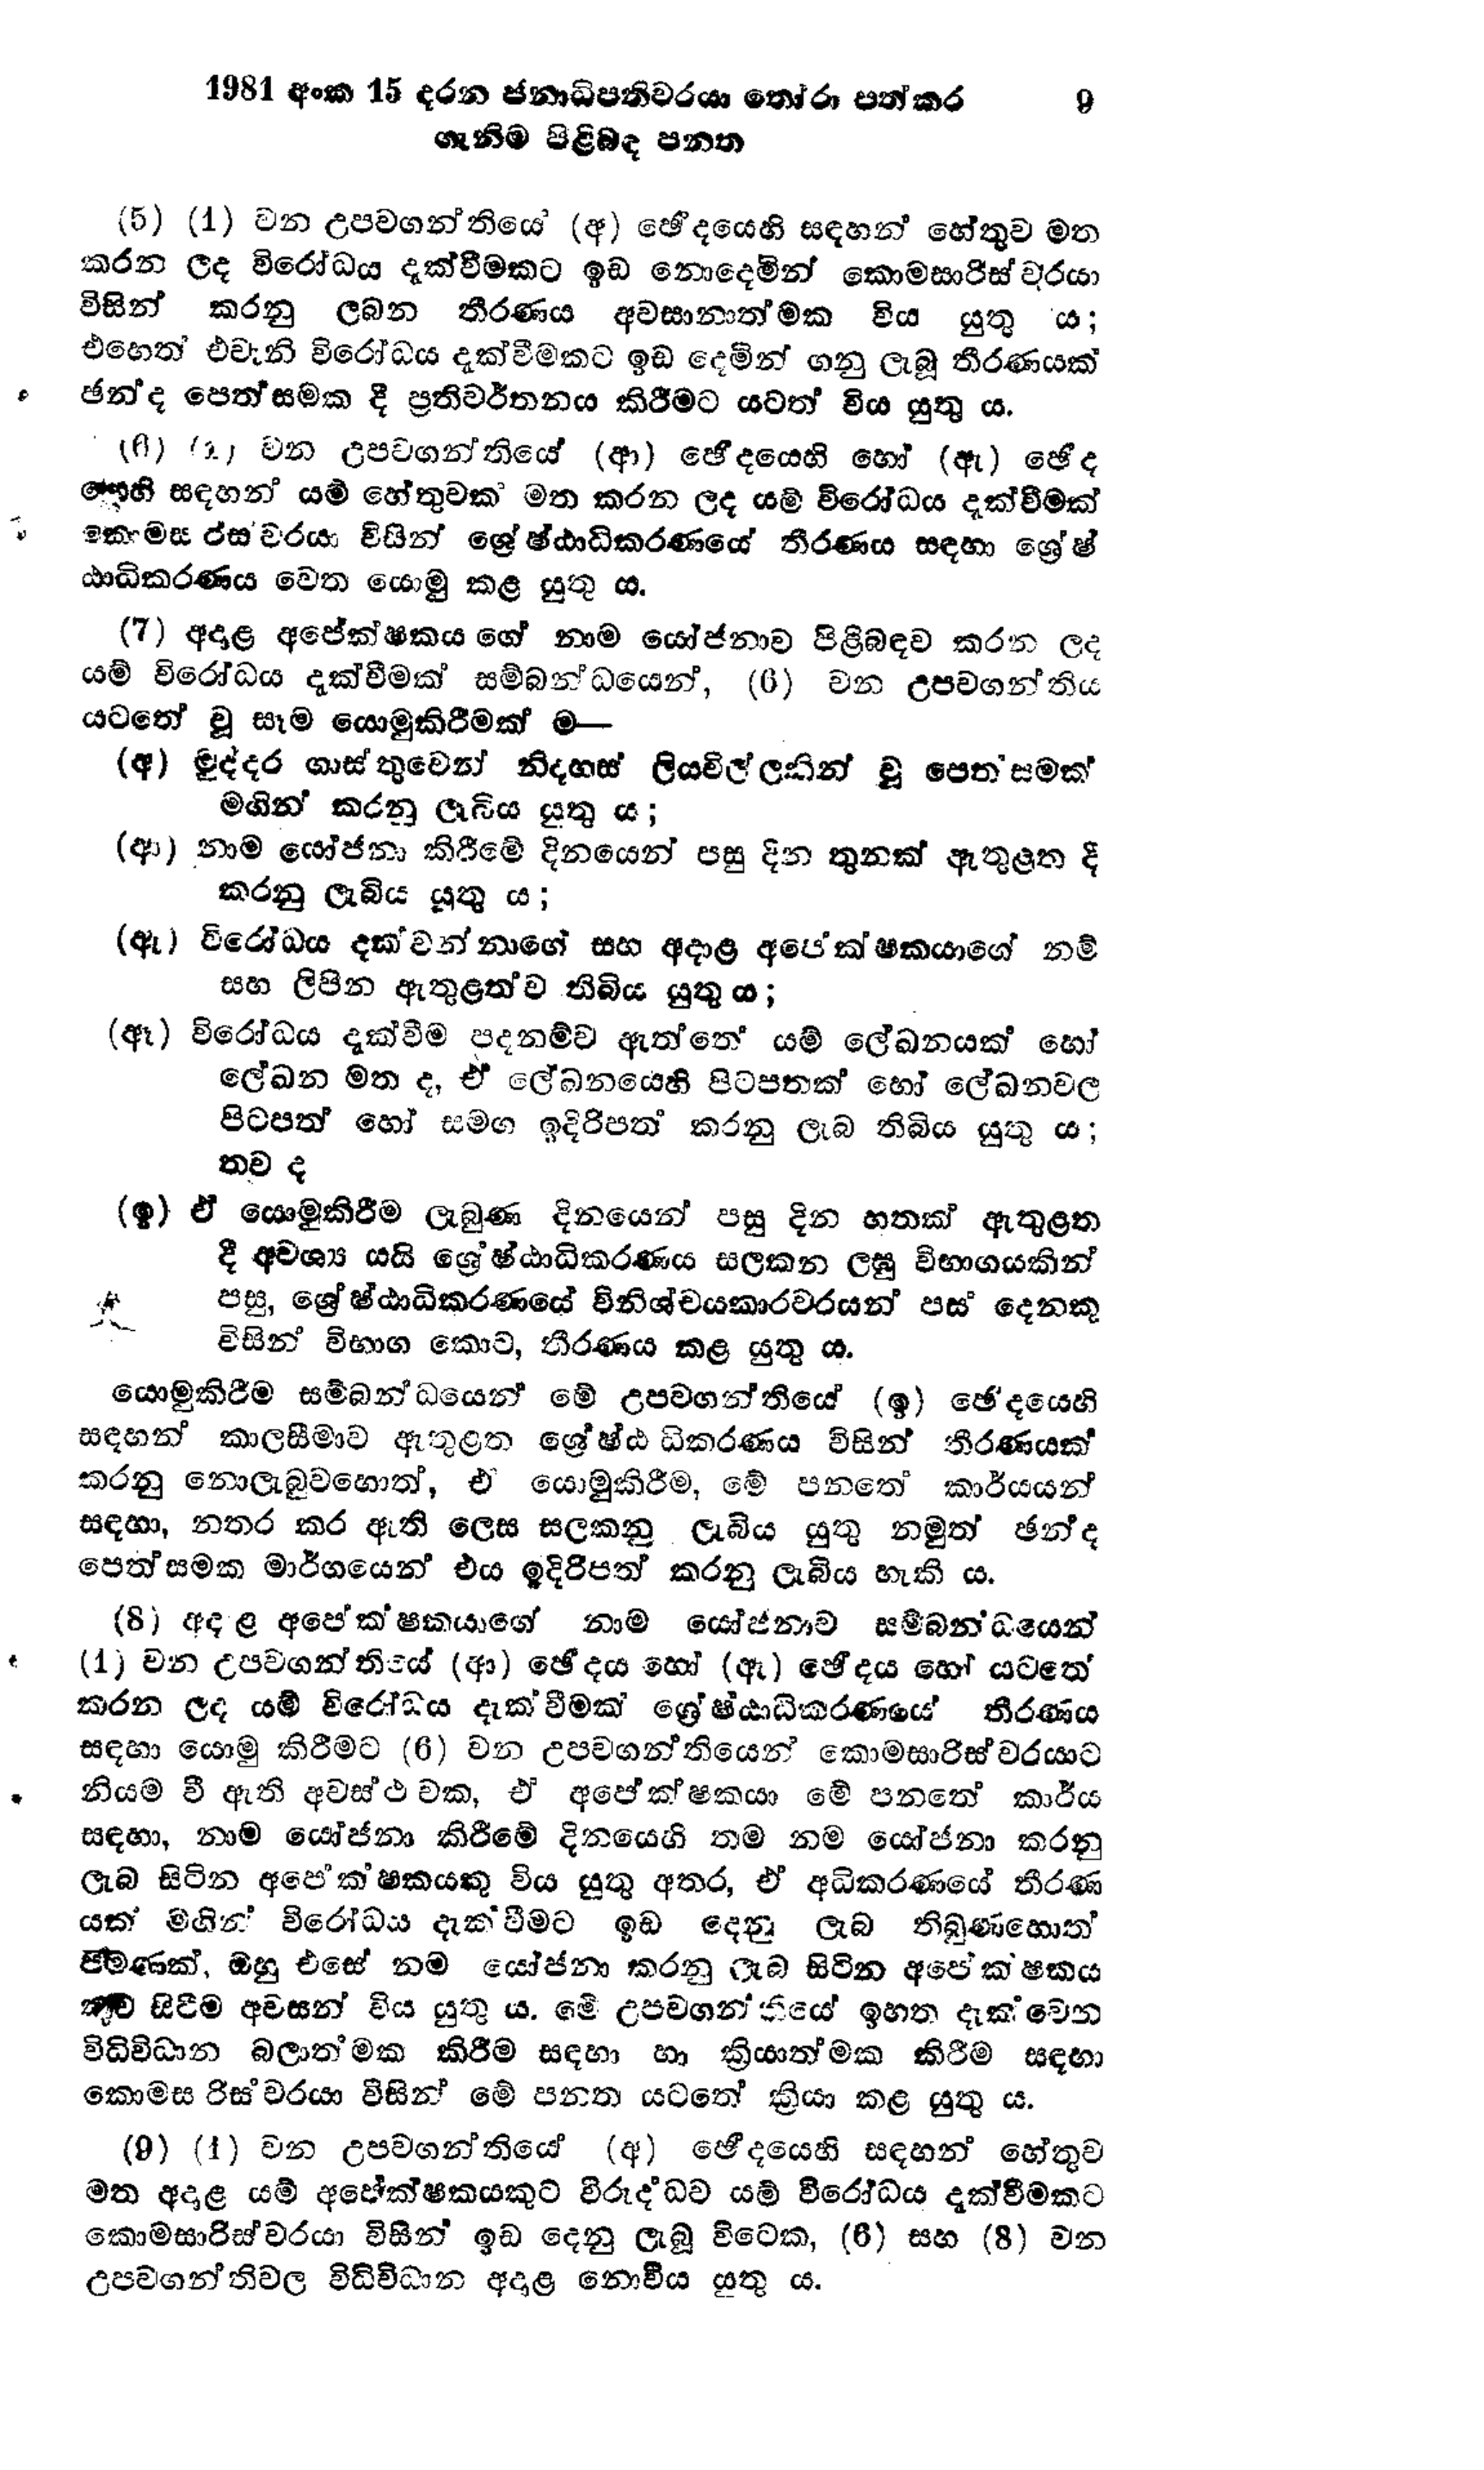
1981 අංක 15 දරන ජනාධිපතිවරයා තෝරා පත්කර		9
ගැනීම පිළිබඳ පනත

(5) (1) වන උපවගන්ති‍යේ (අ) ඡේදයෙහි සඳහන් හේතුව මත
කරන ලද විරෝධය දැක්වීමකට ඉඩ නොදෙමින් කොමසාරිස්වරයා
විසින් කරනු ලබන තීරණය අවසානාත්මක විය යුතු ය;
එහෙත් එවැනි විරෝධය දැක්වීමකට ඉඩ දෙමින් ගනු ලැබූ තීරණයක්
ඡන්ද පෙත්සමක දී ප්‍රතිවර්තනය කිරීමට යටත් විය යුතු ය.

(6) (2) වන උපවගන්තියේ (ආ) ඡේදයෙහි හෝ (ඇ) ඡේද
යෙහි සඳහන් යම් හේතුවක මත කරන ලද යම් විරෝධය දැක්වීමක්
කොමසාරිස්වරයා විසින් ශ්‍රේෂ්ඨාධිකරණයේ තීරණය සඳහා ශ්‍රේෂ්
ඨාධිකරණය වෙත යොමු කළ යුතු ය.

(7) අදාළ අපේක්ෂකයාගේ නාම යෝජනාව පිළිබඳව කරන ලද
යම් විරෝධය දැක්වීමක් සම්බන්ධයෙන්, (6) වන උපවගන්තිය
යටතේ වු සෑම යොමුකිරීමක් ම—

(අ) මුද්දර ගාස්තුවෙන් නිදහස් ලියවිල්ලකින් වූ පෙත්සමක්
මගින් කරනු ලැබිය යුතු ය;

(ආ) නාම යෝජනා කිරීමේ දිනයෙන් පසු දින තුනක් ඇතුළත දී
කරනු ලැබිය යුතු ය;

(ඇ) විරෝධය දක්වන්නාගේ සහ අදාළ අපේක්ෂකයාගේ නම්
සහ ලිපින ඇතුළත් ව තිබිය යුතු ය;

(ඈ) විරෝධය දැක්වීම පදනම්ව ඇත්තේ යම් ලේඛනයක් හෝ
ලේඛන මත ද, ඒ ලේඛනයෙහි පිටපතක් හෝ ලේඛනවල
පිටපත් හෝ සමග ඉදිරිපත් කරනු ලැබ තිබිය යුතු ය;
තව ද

(ඉ) ඒ යොමුකිරීම ලැබුණ දිනයෙන් පසු දින හතක් ඇතුළත
දී අවශ්‍ය යයි ශ්‍රේෂ්ඨාධිකරණය සලකන ලඝු විභාගයකින්
පසු, ශ්‍රේෂ්ඨාධිකරණයේ විනිශ්චයකාරවරයන් පස් දෙනකු
විසින් විභාග කොට, තීරණය කළ යුතු ය.

යොමුකිරීම සම්බන්ධයෙන් මේ උපවගන්තියේ (ඉ) ඡේදයෙහි
සඳහන් කාලසීමාව ඇතුළත ශ්‍රේෂ්ඨාධිකරණය විසින් තීරණයක්
කරනු නොලැබුවහොත්, ඒ යොමු කිරීම, මේ පනතේ කාර්යයන්
සඳහා, නතර කර ඇති ලෙස සලකනු ලැබිය යුතු නමුත් ඡන්ද
පෙත්සමක මාර්ගයෙන් එය ඉදිරිපත් කරනු ලැබිය හැකි ය.

(8) අදාළ අපේක්ෂකයාගේ නාම යෝජනාව සම්බන්ධයෙන්
(1) වන උපවගන්තියේ (ආ) ඡේදය හෝ (ඇ) ඡේදය හෝ යටතේ
කරන ලද යම් විරෝධය දැක්වීමක් ශ්‍රේෂ්ඨාධිකරණයේ තීරණය
සඳහා යොමු කිරීමට (6) වන උපවගන්තියෙන් කොමසාරිස්වරයාට
නියම වී ඇති අවස්ථාවක, එ අපේක්ෂකයා මේ පනතේ කාර්ය
සඳහා, නාම යෝජනා කිරීමේ දිනයෙහි තම නම යෝජනා කරනු
ලැබ සිටින අපේක්ෂකයකු විය යුතු අතර, ඒ අධිකරණයේ තීරණ
යක් මගින් විරෝධය දැක්වීමට ඉඩ දෙනු ලැබ තිබුණහොත්
පමණක්, ඔහු එසේ නම යෝජනා කරනු ලැබ සිටින අපේක්ෂකය
කුව සිටීම අවසන් විය යුතුය. මේ උපවගන්තියේ ඉහත දැක්වෙන
විධිවිධාන බලාත්මක කිරීම සඳහා හා ක්‍රියාත්මක කිරීම සඳහා
කොමසාරිස්වරයා විසින් මේ පනත යටතේ ක්‍රියා කළ යුතු ය.

(9) (1) වන උපවගන්තියේ (අ) ඡේදයෙහි සඳහන් හේතුව
මත අදාළ යම් අපේක්ෂකයකුට විරුද්ධව යම් විරෝධය දැක්වීමකට
කොමසාරිස්වරයා විසින් ඉඩ දෙනු ලැබූ විටෙක, (6) සහ (8) වන
උපවගන්තිවල විධිවිධාන අදාළ නොවිය යුතු ය.